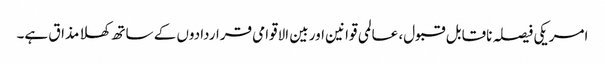
امریکی فیصلہ ناقابل قبول، عالمی قوانین اور بین الاقوامی قراردادوں کے ساتھ کھلا مذاق ہے۔